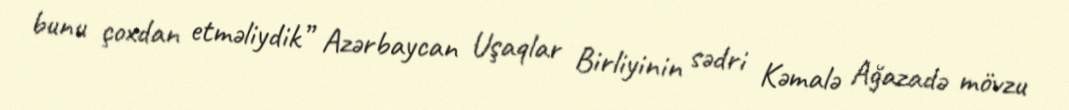
bunu çoxdan etməliydik” Azərbaycan Uşaqlar Birliyinin sədri Kəmalə Ağazadə mövzu